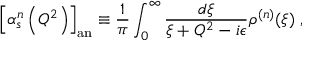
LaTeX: { \left[ \alpha _ { s } ^ { n } \left( Q ^ { 2 } \right) \right] } _ { \mathrm { a n } } \equiv \frac { 1 } { \pi } \int _ { 0 } ^ { \infty } \frac { d \xi } { \xi + Q ^ { 2 } - i \epsilon } \rho ^ { ( n ) } ( \xi ) \; ,